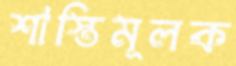
শাস্তিমূলক